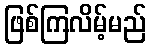
ဖြစ်ကြလိမ့်မည်